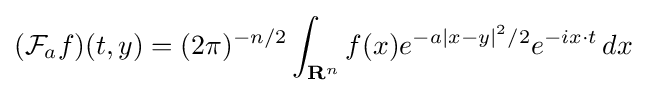
({\mathcal {F}}_{a}f)(t,y)=(2\pi )^{-n/2}\int _{{\mathbf {R} }^{n}}f(x)e^{-a|x-y|^{2}/2}e^{-ix\cdot t}\,dx